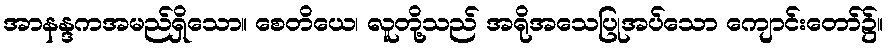
အာနန္ဒကအမည်ရှိသော။ စေတိယေ၊ လူတို့သည် အရိုအသေပြုအပ်သော ကျောင်းတော်၌။